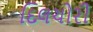
દિલચોરી